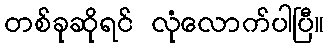
တစ်ခုဆိုရင် လုံလောက်ပါပြီ။